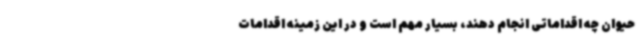
حیوان چه اقداماتی انجام دهند، بسیار مهم است و در این زمینه اقدامات